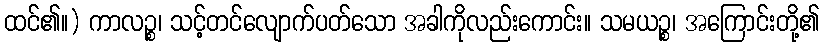
ထင်၏။) ကာလဉ္စ၊ သင့်တင်လျောက်ပတ်သော အခါကိုလည်းကောင်း။ သမယဉ္စ၊ အကြောင်းတို့၏